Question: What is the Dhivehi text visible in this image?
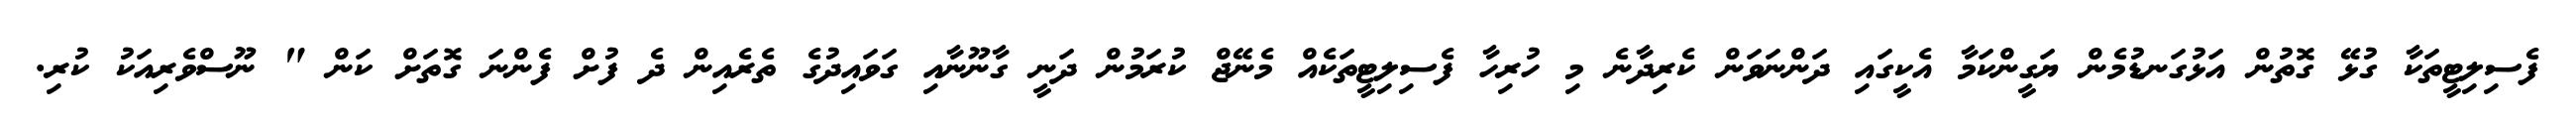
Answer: ފެސިލިޓީތަކާ ގުޅޭ ގޮތުން އަޅުގަނޑުމެން ޔަގީންކަމާ އެކީގައި ދަންނަވަން ކެރިދާނެ މި ހުރިހާ ފެސިލިޓީތަކެއް މެނޭޖް ކުރަމުން ދަނީ ގާނޫނާއި ގަވައިދުގެ ތެރެއިން ދެ ފުށް ފެންނަ ގޮތަށް ކަން " ނޫސްވެރިއަކު ކުރި.